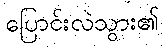
ပြောင်းလဲသွား၏